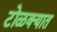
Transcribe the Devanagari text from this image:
टोळक्यात